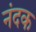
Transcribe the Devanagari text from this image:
नंदक